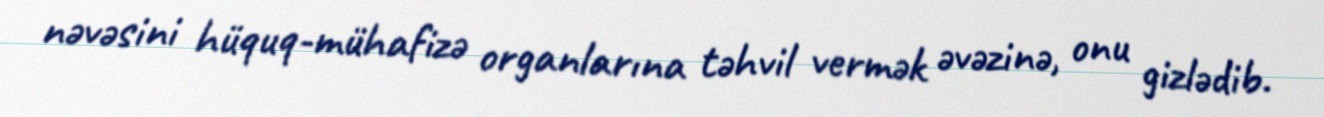
nəvəsini hüquq-mühafizə organlarına təhvil vermək əvəzinə, onu gizlədib.